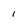
Character: 1